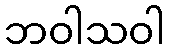
ဘဝါသဝါ